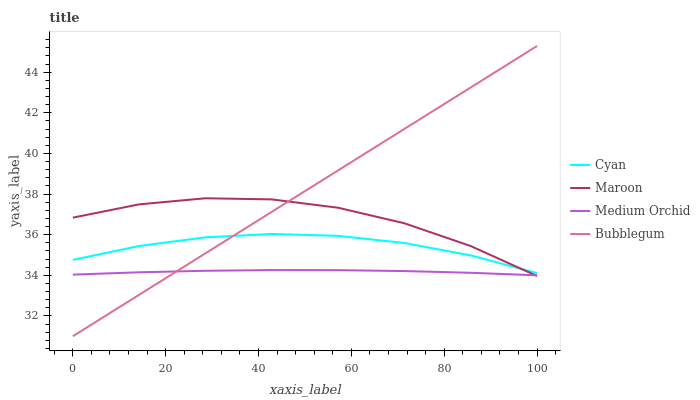
| xaxis_label | Cyan | Maroon | Medium Orchid | Bubblegum |
 | --- | --- | --- | --- | --- |
 | 0 | 34.8 | 36.8 | 34 | 31 |
 | 14.3 | 35.4 | 37.5 | 34.1 | 33 |
 | 28.6 | 35.9 | 37.8 | 34.2 | 35.1 |
 | 42.9 | 36 | 37.7 | 34.3 | 37.1 |
 | 57.1 | 35.9 | 37.3 | 34.3 | 39.2 |
 | 71.4 | 35.6 | 36.6 | 34.2 | 41.2 |
 | 85.7 | 35 | 35.4 | 34.1 | 43.2 |
 | 100 | 34.1 | 34 | 34 | 45.3 |